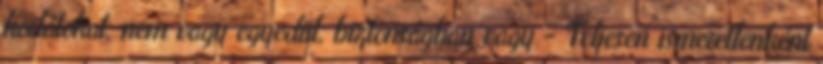
korlátokat, nem vagy egyedül, biztonságban vagy - Teljesen ismeretlenként